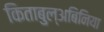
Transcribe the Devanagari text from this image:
किताबुल्अबिनिया